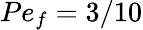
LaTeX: Pe_{f}=3/10